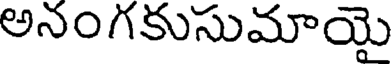
అనంగకుసుమాయై